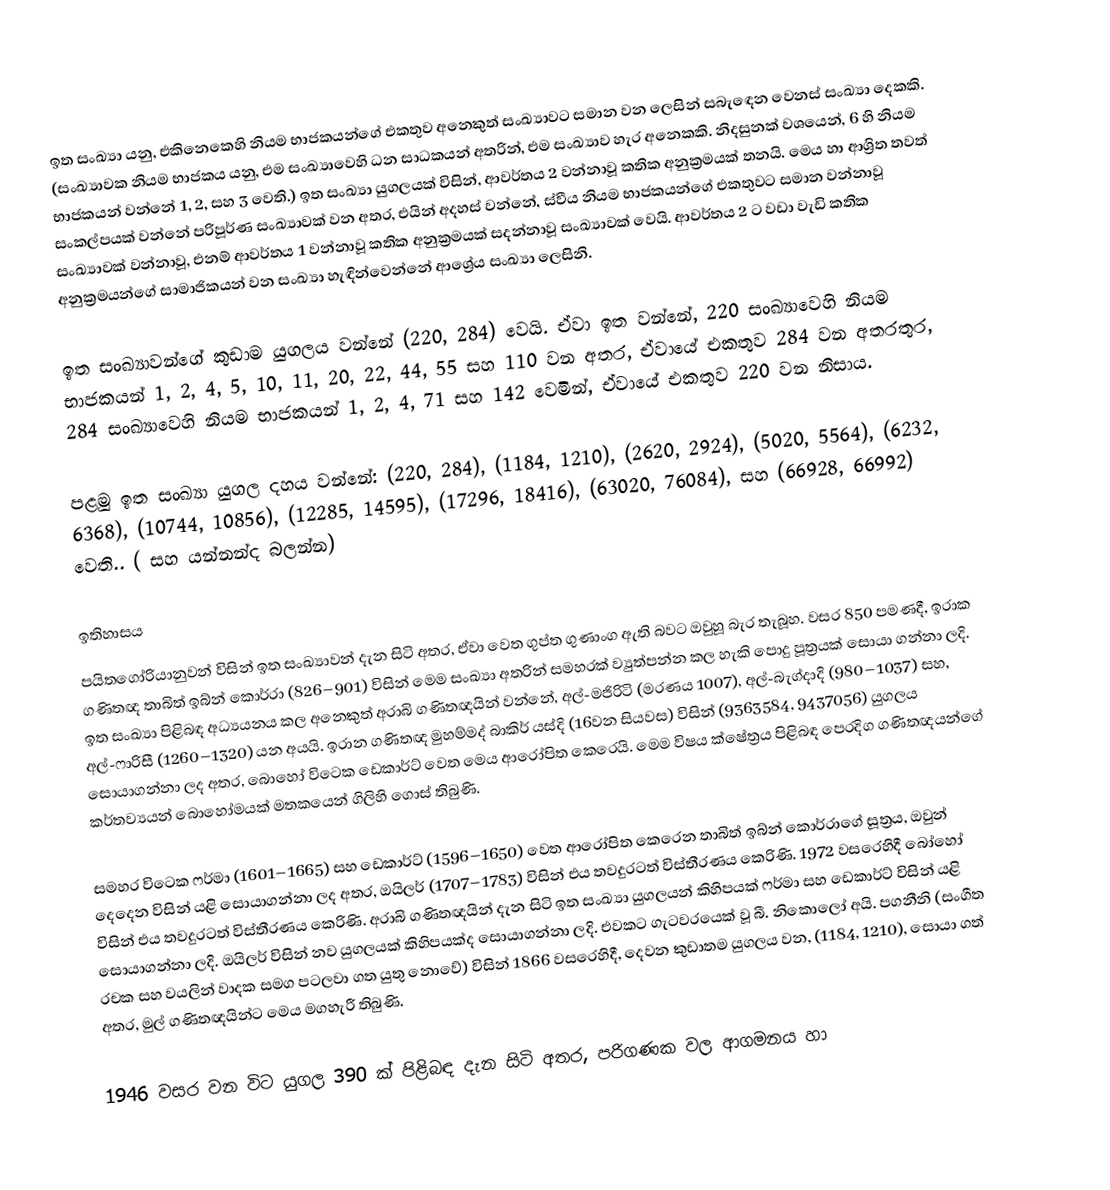
ඉත සංඛ්‍යා යනු, එකිනෙකෙහි නියම භාජකයන්ගේ එකතුව අනෙකුත් සංඛ්‍යාවට සමාන වන ලෙසින් සබැඳෙන වෙනස්  සංඛ්‍යා දෙකකි. (සංඛ්‍යාවක නියම භාජකය යනු, එම සංඛ්‍යාවෙහි ධන සාධකයන් අතරින්, එම සංඛ්‍යාව හැර අනෙකකි. නිදසුනක් වශයෙන්, 6 හි නියම භාජකයන් වන්නේ 1, 2, සහ 3 වෙති.) ඉත සංඛ්‍යා යුගලයක් විසින්,  ආවර්තය 2 වන්නාවූ කතික අනුක්‍රමයක් තනයි. මෙය හා ආශ්‍රිත තවත් සංකල්පයක් වන්නේ පරිපූර්ණ සංඛ්‍යාවක් වන අතර,  එයින් අදහස් වන්නේ, ස්වීය නියම භාජකයන්ගේ එකතුවට සමාන වන්නාවූ සංඛ්‍යාවක් වන්නාවූ, එනම් ආවර්තය  1 වන්නාවූ කතික අනුක්‍රමයක් සදන්නාවූ සංඛ්‍යාවක් වෙයි. ආවර්තය 2 ට වඩා වැඩි කතික අනුක්‍රමයන්ගේ සාමාජිකයන් වන සංඛ්‍යා හැඳින්වෙන්නේ ආශ්‍රේය සංඛ්‍යා ලෙසිනි.

ඉත සංඛ්‍යාවන්ගේ කුඩාම යුගලය වන්නේ (220, 284) වෙයි. ඒවා ඉත වන්නේ,  220 සංඛ්‍යාවෙහි නියම භාජකයන් 1, 2, 4, 5, 10, 11, 20, 22, 44, 55 සහ 110 වන අතර, ඒවායේ එකතුව 284 වන අතරතුර, 284 සංඛ්‍යාවෙහි නියම භාජකයන් 1, 2, 4, 71 සහ 142 වෙමින්, ඒවායේ එකතුව 220 වන නිසාය.

පළමු ඉත සංඛ්‍යා යුගල දහය වන්නේ: (220, 284), (1184, 1210), (2620, 2924), (5020, 5564), (6232, 6368), (10744, 10856), (12285, 14595), (17296, 18416), (63020, 76084), සහ (66928, 66992) වෙති.. ( සහ   යන්නන්ද බලන්න)

ඉතිහාසය
පයිතගෝරියානුවන් විසින් ඉත සංඛ්‍යාවන් දැන සිටි අතර, ඒවා වෙත ගුප්ත ගුණාංග ඇති බවට ඔවුහූ බැර තැබූහ. වසර 850 පමණදී, ඉරාක ගණිතඥ තාබිත් ඉබ්න් කොර්රා (826–901) විසින් මෙම සංඛ්‍යා අතරින් සමහරක් ව්‍යුත්පන්න කල හැකි පොදු පූත්‍රයක් සොයා ගන්නා ලදි. ඉත සංඛ්‍යා පිළිබඳ අධ්‍යයනය කල අනෙකුත්  අරාබි ගණිතඥයින් වන්නේ, අල්-මජිරිටි (මරණය 1007), අල්-බැග්දාදි (980–1037) සහ, අල්-ෆාරිසී (1260–1320) යන අයයි. ඉරාන ගණිතඥ මුහම්මද් බාකිර් යස්දි (16වන සියවස) විසින් (9363584, 9437056) යුගලය සොයාගන්නා ලද අතර, බොහෝ විටෙක ඩෙකාර්ට් වෙත මෙය ආරෝපිත කෙරෙයි.  මෙම විෂය ක්ෂේත්‍රය පිළිබඳ පෙරදිග ගණිතඥයන්ගේ කර්තව්‍යයන් බොහෝමයක් මතකයෙන් ගිලිහි ගොස් තිබුණි.

සමහර විටෙක ෆර්මා (1601–1665) සහ ඩෙකාර්ට් (1596–1650) වෙත ආරෝපිත කෙරෙන  තාබිත් ඉබ්න් කොර්රාගේ සූත්‍රය, ඔවුන් දෙදෙන  විසින් යළි සොයාගන්නා ලද අතර,  ඔයිලර් (1707–1783) විසින් එය තවදුරටත් විස්තීරණය කෙරිණි. 1972 වසරෙහිදී  බෝහෝ විසින් එය තවදුරටත් විස්තීරණය කෙරිණි. අරාබි ගණිතඥයින් දැන සිටි ඉත සංඛ්‍යා යුගලයන් කිහිපයක් ෆර්මා සහ ඩෙකාර්ට් විසින්  යළි සොයාගන්නා ලදි. ඔයිලර් විසින් නව යුගලයක් කිහිපයක්ද සොයාගන්නා ලදි. එවකට ගැටවරයෙක් වූ බී. නිකොලෝ අයි. පගනීනි (සංගීත රචක සහ වයලින් වාදක සමග පටලවා ගත යුතු නොවේ) විසින් 1866 වසරෙහිදී,  දෙවන කුඩාතම යුගලය වන, (1184, 1210), සොයා ගත් අතර, මුල් ගණිතඥයින්ට මෙය මගහැරී තිබුණි.

1946 වසර වන විට යුගල 390 ක් පිළිබඳ දැන සිටි අතර, පරිගණක වල ආගමනය හා